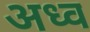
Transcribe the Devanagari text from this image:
अध्व